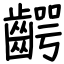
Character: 齶